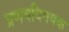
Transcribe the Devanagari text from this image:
प्रणयविषयक